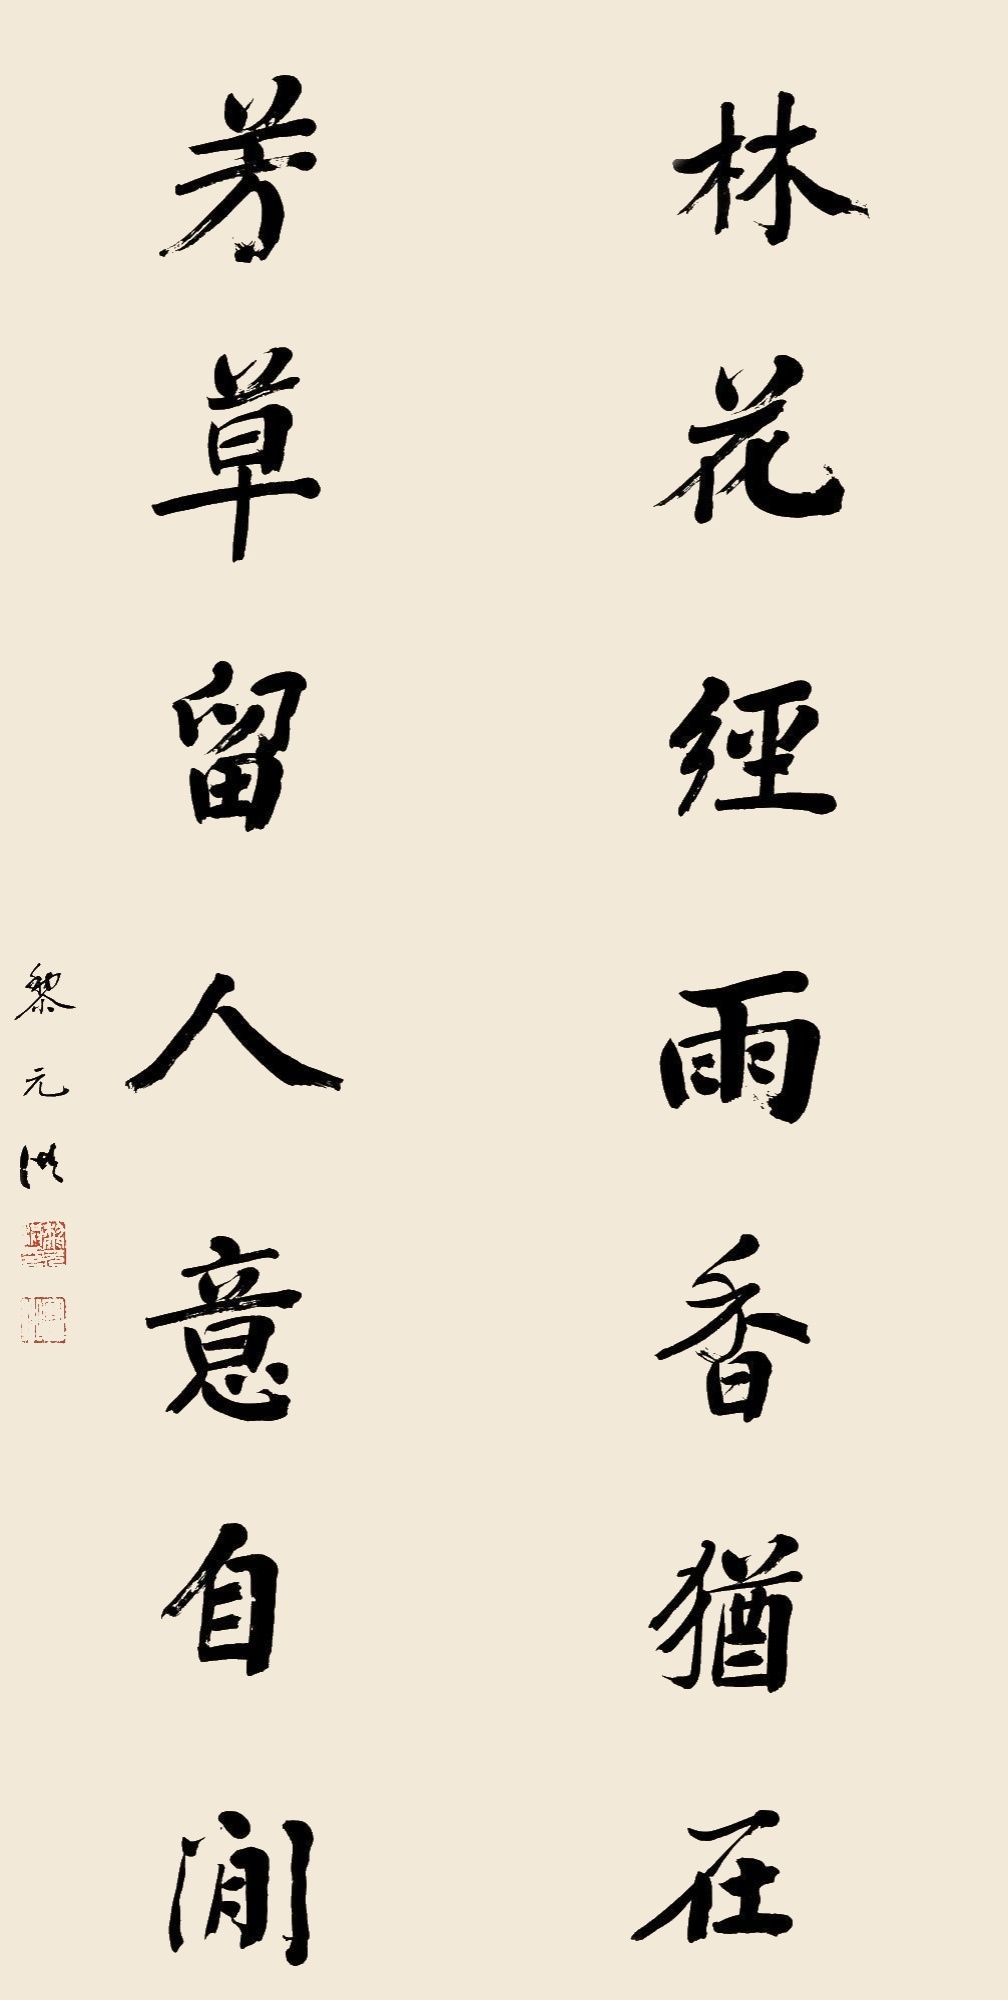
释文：林花经雨香犹在，芳草留人意自闲。黎元洪。